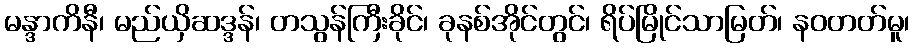
မန္ဒာကိနီ၊ မည်ယှိဆဒ္ဒန်၊ တသွန်ကြီးခိုင်၊ ခုနစ်အိုင်တွင်၊ ရိပ်မြိုင်သာမြတ်၊ နဝတတ်မူ၊